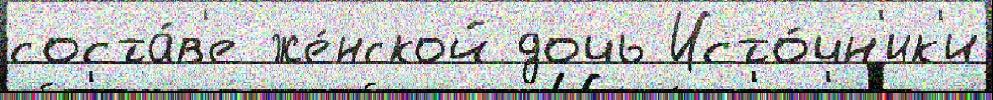
соста́в'е же́нской дочь Исто́чн'ик'и